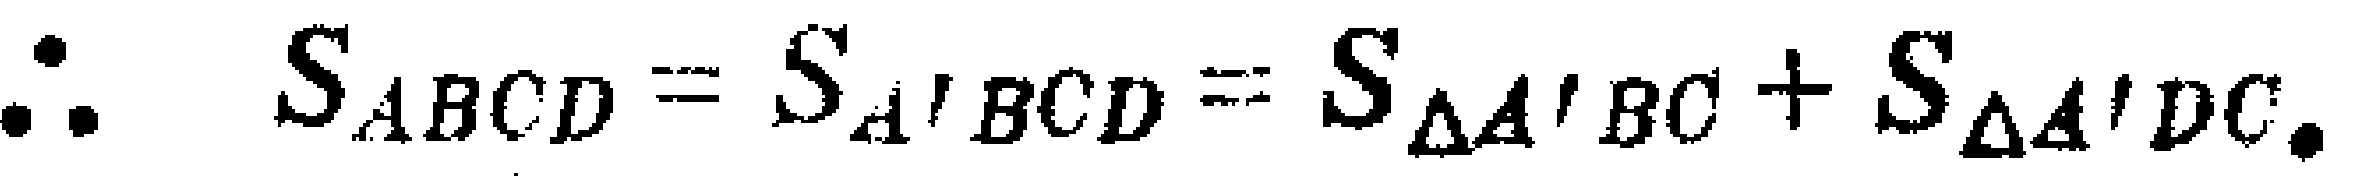
\(\therefore S_{ABCD} = S_{A'BCD}=S_{\triangle A'BC}+S_{\triangle A'DC}.\)